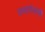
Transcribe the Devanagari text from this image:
दस्तावेजांशी